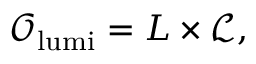
\mathcal { O } _ { \mathrm { l u m i } } = L \times \mathcal { L } ,